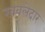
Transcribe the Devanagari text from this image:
खवलेदार